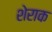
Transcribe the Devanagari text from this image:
शेराक